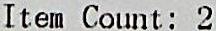
ITEM COUNT: 2